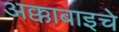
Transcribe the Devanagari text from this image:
अक्काबाइचे